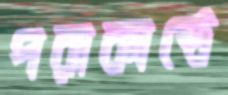
পরাকাষ্ঠে